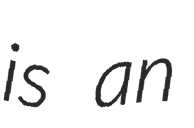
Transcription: is an